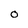
Character: O